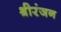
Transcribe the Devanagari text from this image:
श्रीरंजन